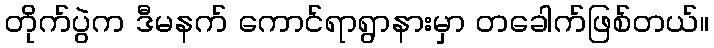
တိုက်ပွဲက ဒီမနက် ကောင်ရာရွာနားမှာ တခေါက်ဖြစ်တယ်။